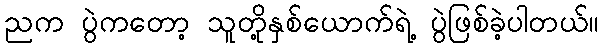
ညက ပွဲကတော့ သူတို့နှစ်ယောက်ရဲ့ ပွဲဖြစ်ခဲ့ပါတယ်။